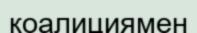
коалициямен